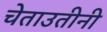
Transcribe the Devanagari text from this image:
चेताउतीनी